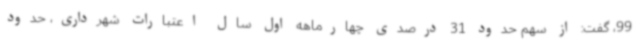
99، گفت: از سهم حدود 31 درصدی چهارماهه اول سال اعتبارات شهرداری، حدود